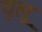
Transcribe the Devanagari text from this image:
युलू